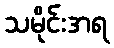
သမိုင်းအရ